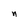
Character: n